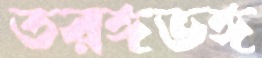
তরঙ্গভঙ্গ